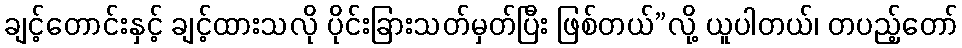
ချင့်တောင်းနှင့် ချင့်ထားသလို ပိုင်းခြားသတ်မှတ်ပြီး ဖြစ်တယ်”လို့ ယူပါတယ်၊ တပည့်တော်